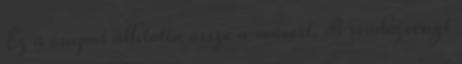
Ez a csapat állította össze a műsort. A rendezvényt